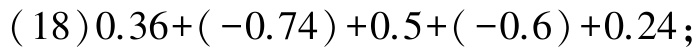
$(18)0.36+(-0.74)+0.5+(-0.6)+0.24;$